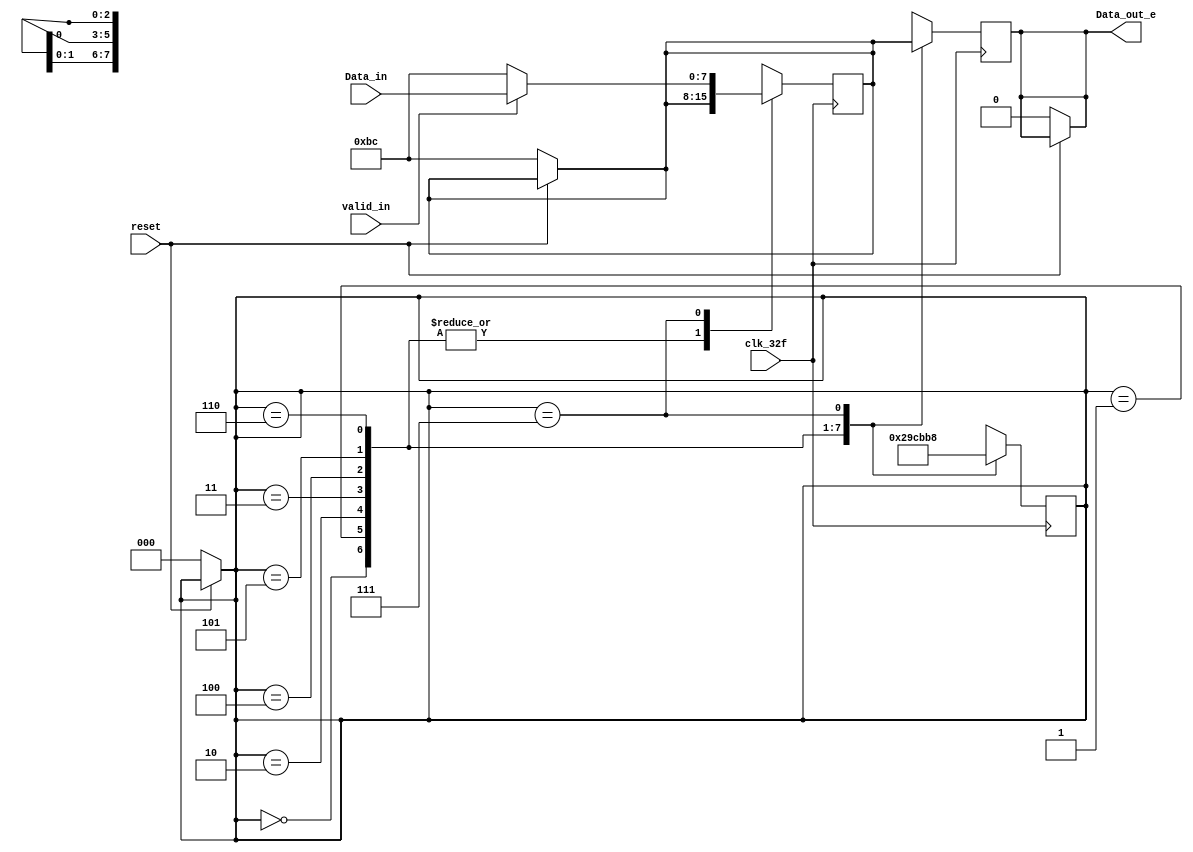
/* Generated by Yosys 0.9 (git sha1 1979e0b) */

(* top =  1  *)
(* src = "parallel_serial_e.v:1" *)
module parallel_serial_e(clk_32f, reset, valid_in, Data_in, Data_out_e);
  (* src = "parallel_serial_e.v:11" *)
  reg _0_;
  (* src = "parallel_serial_e.v:11" *)
  reg [2:0] _1_;
  (* src = "parallel_serial_e.v:11" *)
  reg [7:0] _2_;
  (* src = "parallel_serial_e.v:19" *)
  reg _3_;
  (* src = "parallel_serial_e.v:19" *)
  reg [2:0] _4_;
  (* src = "parallel_serial_e.v:19" *)
  reg [7:0] _5_;
  (* src = "parallel_serial_e.v:12" *)
  wire _6_;
  (* src = "parallel_serial_e.v:5" *)
  input [7:0] Data_in;
  (* src = "parallel_serial_e.v:6" *)
  output Data_out_e;
  reg Data_out_e;
  (* src = "parallel_serial_e.v:2" *)
  input clk_32f;
  (* src = "parallel_serial_e.v:9" *)
  reg [2:0] contador;
  (* src = "parallel_serial_e.v:8" *)
  reg [7:0] data2send;
  (* src = "parallel_serial_e.v:3" *)
  input reset;
  (* src = "parallel_serial_e.v:4" *)
  input valid_in;
  assign _6_ = ~(* src = "parallel_serial_e.v:12" *) reset;
  always @* begin
    _1_ = contador;
    _0_ = Data_out_e;
    _2_ = data2send;
    (* src = "parallel_serial_e.v:12" *)
    casez (_6_)
      /* src = "parallel_serial_e.v:12" */
      1'h1:
        begin
          _0_ = 1'h0;
          _2_ = 8'hbc;
          _1_ = 3'h0;
        end
      default:
          /* empty */;
    endcase
  end
  always @* begin
      contador <= _1_;
      Data_out_e <= _0_;
      data2send <= _2_;
  end
  always @* begin
    _4_ = contador;
    _3_ = Data_out_e;
    _5_ = data2send;
    (* src = "parallel_serial_e.v:20" *)
    casez (contador)
      /* src = "parallel_serial_e.v:21" */
      3'h0:
        begin
          _3_ = data2send[7];
          _4_ = 3'h1;
        end
      /* src = "parallel_serial_e.v:26" */
      3'h1:
        begin
          _3_ = data2send[6];
          _4_ = 3'h2;
        end
      /* src = "parallel_serial_e.v:31" */
      3'h2:
        begin
          _3_ = data2send[5];
          _4_ = 3'h3;
        end
      /* src = "parallel_serial_e.v:36" */
      3'h3:
        begin
          _3_ = data2send[4];
          _4_ = 3'h4;
        end
      /* src = "parallel_serial_e.v:41" */
      3'h4:
        begin
          _3_ = data2send[3];
          _4_ = 3'h5;
        end
      /* src = "parallel_serial_e.v:46" */
      3'h5:
        begin
          _3_ = data2send[2];
          _4_ = 3'h6;
        end
      /* src = "parallel_serial_e.v:51" */
      3'h6:
        begin
          _3_ = data2send[1];
          _4_ = 3'h7;
        end
      /* src = "parallel_serial_e.v:56" */
      3'h7:
        begin
          _3_ = data2send[0];
          _4_ = 3'h0;
          (* src = "parallel_serial_e.v:60" *)
          casez (valid_in)
            /* src = "parallel_serial_e.v:60" */
            1'h1:
                _5_ = Data_in;
            /* src = "parallel_serial_e.v:61" */
            default:
                _5_ = 8'hbc;
          endcase
        end
      default:
          /* empty */;
    endcase
  end
  always @(posedge clk_32f) begin
      contador <= _4_;
      Data_out_e <= _3_;
      data2send <= _5_;
  end
endmodule